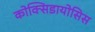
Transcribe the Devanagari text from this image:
कोक्सिडायोसिस